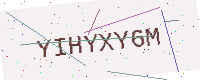
Text: YIHYXY6M